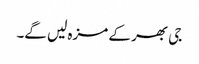
جی بھر کے مزہ لیں گے۔